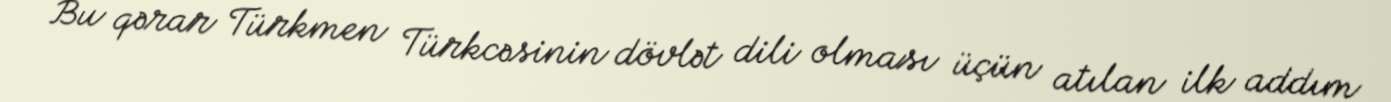
Bu qərar Türkmen Türkcəsinin dövlət dili olması üçün atılan ilk addım